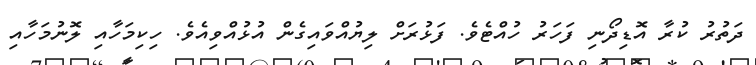
ދަތުރު ކުރާ އޮޑިދޯނި ފަހަރު ހުއްޓެވެ. ފަޅުރަށް ލިޔުއްވައިގެން އުޅުއްވިއެވެ. ހިކިމަހާއި ލޮނުމަހާއި